Report on horse surra - Volume II, Part II
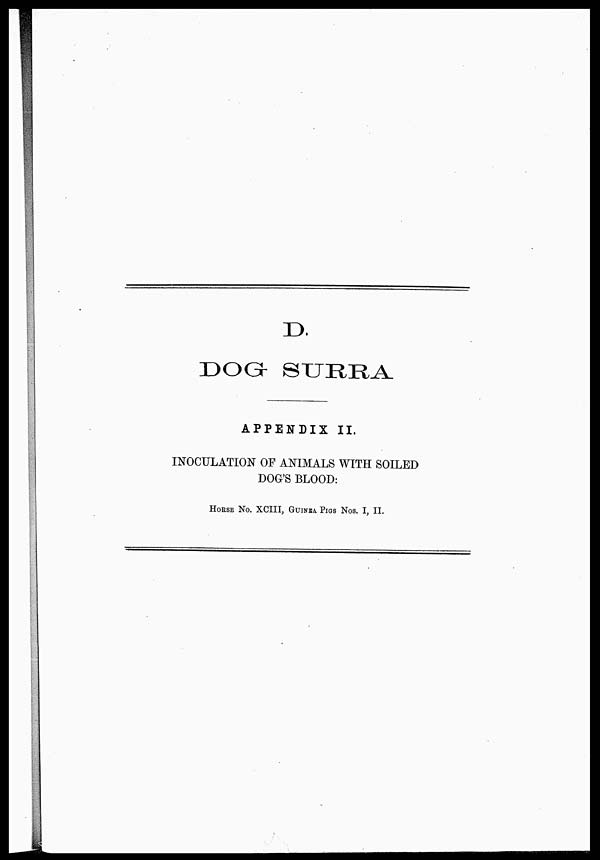
D.
DOG SURRA
APPENDIX II.
INOCULATION OF ANIMALS WITH SOILED
DOG'S BLOOD:
HORSE No. XCIII, GUINEA PIGS Nos. I, II.